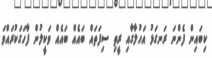
ކިބައިން ފެންނަ ރަނގަޅު އަހުލާގާއި ރީތި ސިފަތައް ބައެއް ބައެއް ވަކީލުން ފާހަގަކުރައްވަ